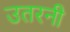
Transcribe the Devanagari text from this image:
उतरनी